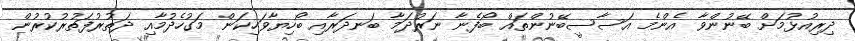
ދިރިއުޅުމަށް ބޭނުންވާ އެންމެ އަސާސީބޭނުންތައް ބޯފެނާ ނަރުދަމާ ބަނދަރާއި ބޯހިޔާވަހިކަން މަގުހެދުމާއި ދަތުރުފަތުރުކުރުން